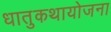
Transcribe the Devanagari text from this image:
धातुकथायोजना